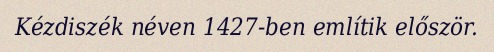
Kézdiszék néven 1427-ben említik először.